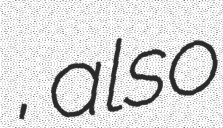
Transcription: حصارجوق, also